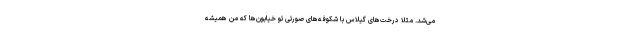
می‌شد. مثلا درخت‌های گیلاس با شکوفه‌های صورتی تو خیابون‌ها که من همیشه